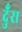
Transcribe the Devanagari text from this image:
दुँरा